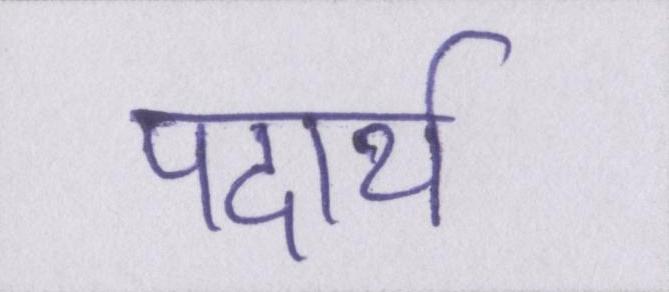
पदार्थ